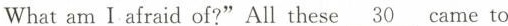
Whatam I afraid of?" All these \underline{30 } came to